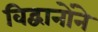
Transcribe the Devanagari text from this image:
विद्वानोंने